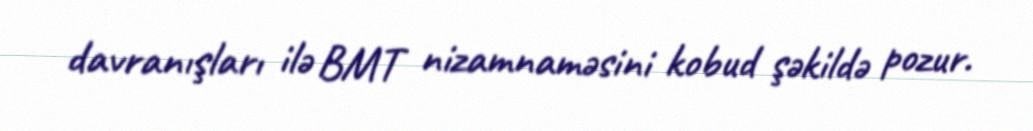
davranışları ilə BMT nizamnaməsini kobud şəkildə pozur.